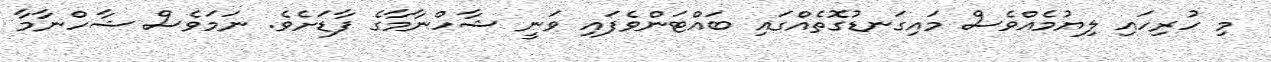
މި ހުރިހައި ލިޔުމެއްވެސް މައިގަނޑުގޮތެއްގައި ބައްޓަންވެފައި ވަނީ ޝާހްނާމާގެ ފާޑަށެވެ. ނަމަވެސް ޝާހްނާމާ